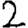
Digit: 2